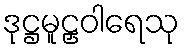
ဒုဋ္ဌမူဠှဝါရေသု